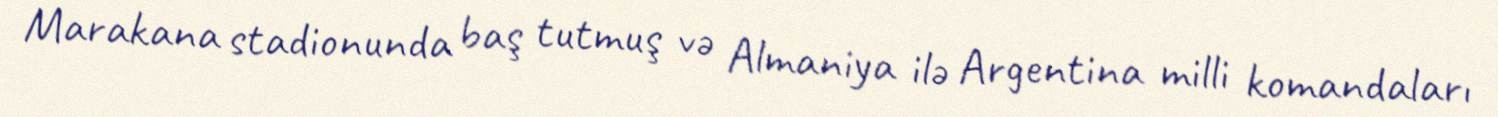
Marakana stadionunda baş tutmuş və Almaniya ilə Argentina milli komandaları